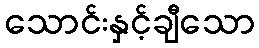
သောင်းနှင့်ချီသော